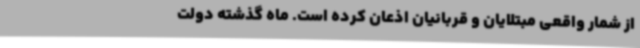
از شمار واقعی مبتلایان و قربانیان اذعان کرده است. ماه گذشته دولت